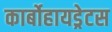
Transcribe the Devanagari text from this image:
कार्बोहायड्रेटस